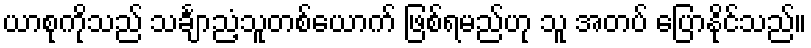
ယာစုကိုသည် သင်္ချာညံ့သူတစ်ယောက် ဖြစ်ရမည်ဟု သူ အတပ် ပြောနိုင်သည်။